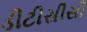
ડીટીસીસી